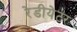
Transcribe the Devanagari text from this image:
रेडीयेटर